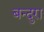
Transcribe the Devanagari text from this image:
बन्दुरा